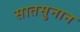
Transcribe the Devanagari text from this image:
सातसुनान